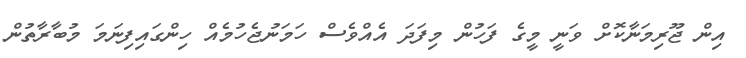
އިން ޖޫރިމަނާކޮށް ވަނީ މީގެ ފަހުން މިފަދަ އެއްވެސް ހަމަނުޖެހުމެއް ހިންގައިފިނަމަ މުބާރާތުން